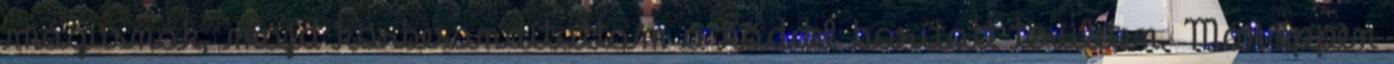
mágusnak, majd körbesandítottam a köddel borított területen. Már éppen